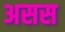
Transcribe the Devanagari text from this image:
असस